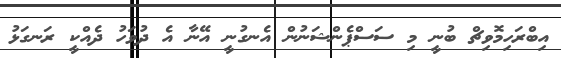
އިބްރަހިމޮވިޗް ބުނީ މި ސަސްޕެންޝަނުން އެނގުނީ އޭނާ އެ ދުވަހު ދެއްކީ ރަނގަޅު